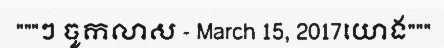
"""ៗ ចូកលាស - March 15, 2017យោង"""